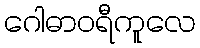
ဂေါဓာဝရီကူလေ